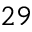
2 9